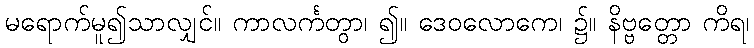
မရောက်မူ၍သာလျှင်။ ကာလင်္ကတွာ၊ ၍။ ဒေဝလောကေ၊ ၌။ နိဗ္ဗတ္တော ကိရ၊